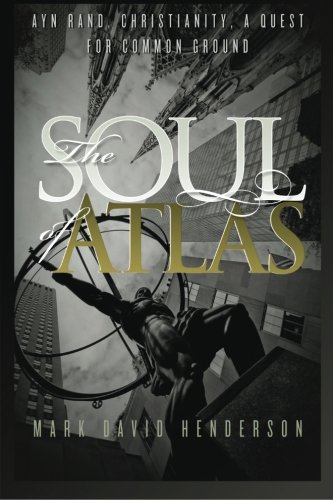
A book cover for The Soul of Atlas: Ayn Rand, Christianity, a Quest for Common Ground; Mark David Henderson; Religion & Spirituality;